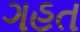
ગહત